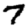
Digit: 7